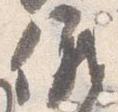
儀